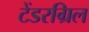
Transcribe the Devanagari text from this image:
टेंडरग्रिल